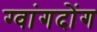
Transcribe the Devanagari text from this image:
ग्वांगदोंग